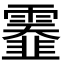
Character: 𩆅